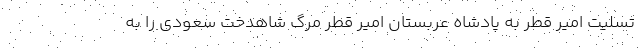
تسلیت امیر قطر به پادشاه عربستان امیر قطر مرگ شاهدخت سعودی را به